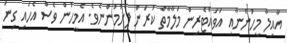
އާއިލާ މީހުންނާއި އަވައްޓެރިން މަލާމާތް ކުރަން ފެށުމުންނެވެ. އެމީހުން ވެސް އެހައި ގިނަ